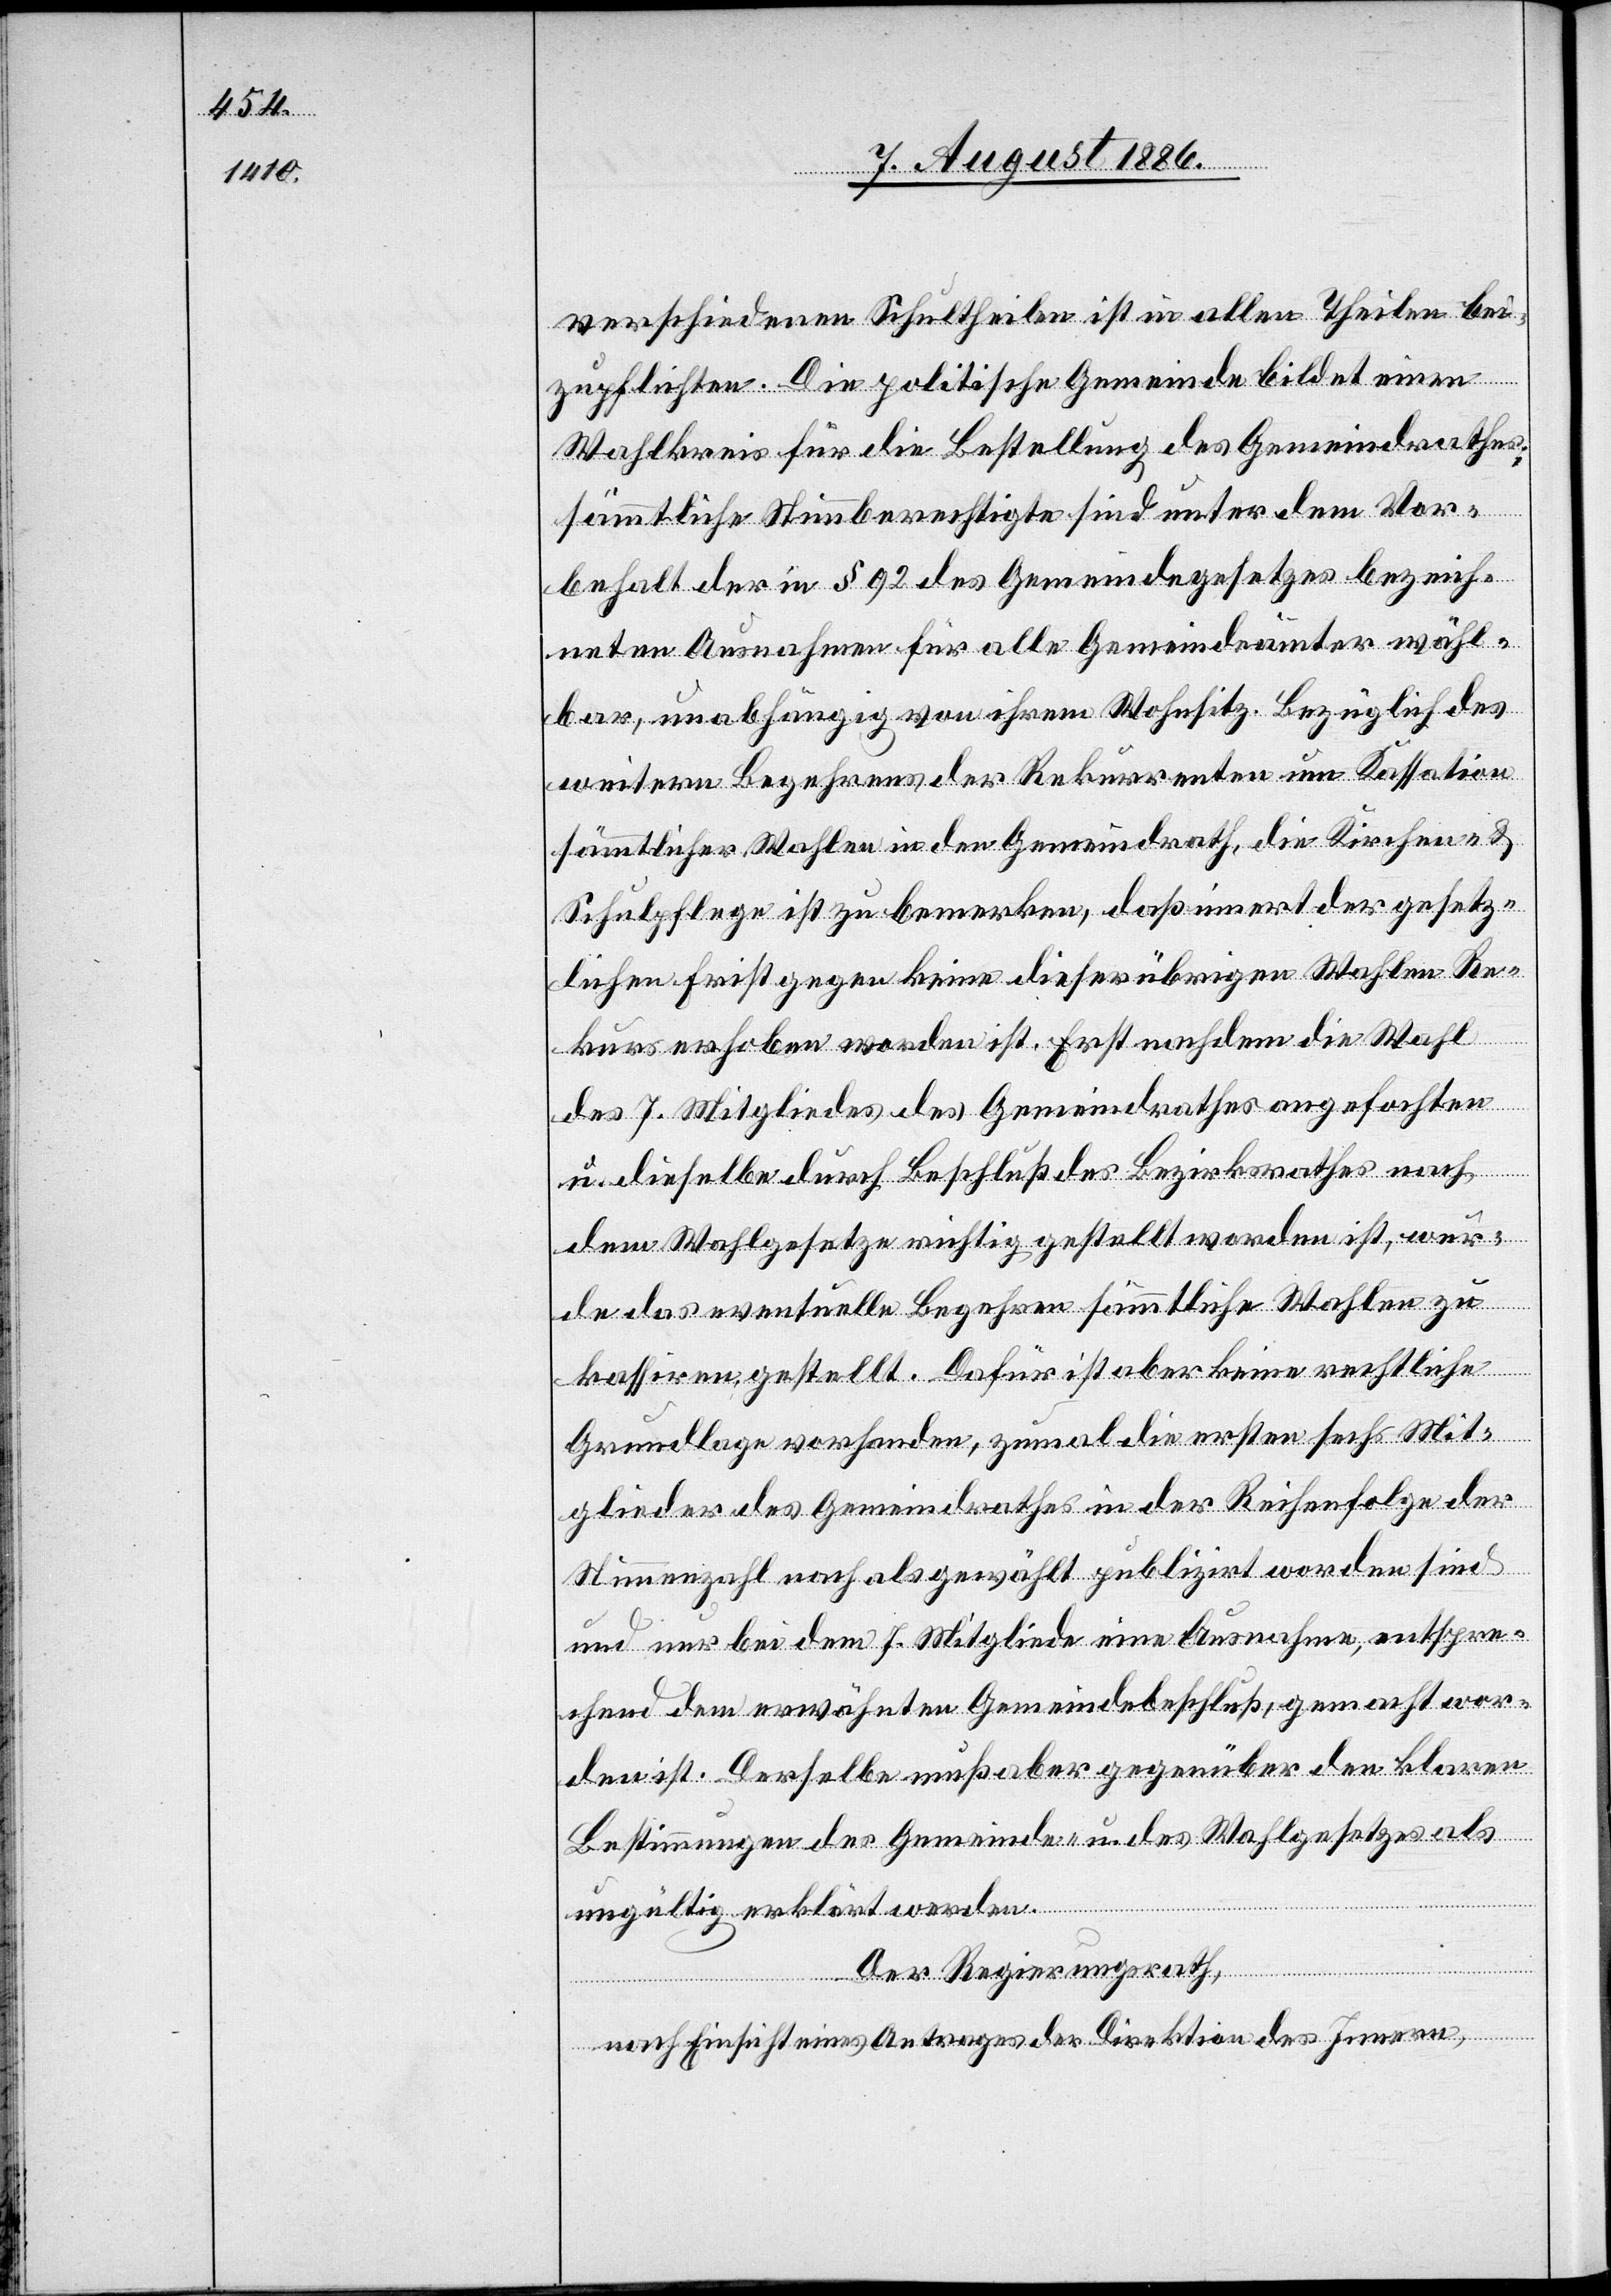
verschiedenen Schultheilen ist in allen Theilen bei¬
zupflichten. Die politische Gemeinde bildet einen
Wahlkreis für die Bestellung des Gemeindrathes;
sämmtliche Stimmberechtigte sind unter dem Vor¬
behalt der in § 92 des Gemeindegesetzes bezeich¬
neten Ausnahmen für alle Gemeindeämter wähl¬
bar, unabhängig von ihrem Wohnsitz. Bezüglich des
weitern Begehrens der Rekurrenten um Kassation
sämmtlicher Wahlen in den Gemeindrath, die Kirchen- &
Schulpflege ist zu bemerken, daß innert der gesetz¬
lichen Frist gegen keine dieser übrigen Wahlen Re¬
kurs erhoben worden ist. Erst nachdem die Wahl
des 7. Mitgliedes des Gemeindrathes angefochten
u. dieselbe durch Beschluß des Bezirksrathes nach
dem Wahlgesetze richtig gestellt worden ist, wur¬
de das eventuelle Begehren sämmtliche Wahlen zu
kassiren gestellt. Dafür ist aber keine rechtliche
Grundlage vorhanden, zumal die ersten sechs Mit¬
glieder des Gemeindrathes in der Reihenfolge der
Stimmenzahl nach [sic!] als gewählt publizirt worden sind
und nur bei dem 7. Mitgliede eine Ausnahme, entspre¬
chend dem erwähnten Gemeindebeschluß, gemacht wor¬
den ist. Derselbe muß aber gegenüber den klaren
Bestimmungen des Gemeinde- u. des Wahlgesetzes als
ungültig erklärt werden.
Der Regierungsrath,
nach Einsicht eines Antrages der Direktion des Innern,